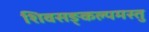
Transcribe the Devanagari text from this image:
शिवसङ्कल्पमस्तु